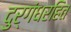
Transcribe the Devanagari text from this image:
दुर्गंधरहित